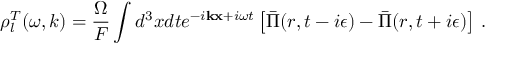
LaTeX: \rho _ { l } ^ { T } ( \omega , k ) = \frac { \Omega } { { \cal F } } \int d ^ { 3 } x d t e ^ { - i { \bf k } { \bf x } + i \omega t } \left[ \bar { \Pi } ( r , t - i \epsilon ) - \bar { \Pi } ( r , t + i \epsilon ) \right] \, .